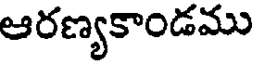
ఆరణ్యకాండము